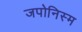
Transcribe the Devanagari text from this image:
जपोनिस्म